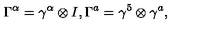
\Gamma ^ { \alpha } = \gamma ^ { \alpha } \otimes I , \Gamma ^ { a } = \gamma ^ { 5 } \otimes \gamma ^ { a } ,